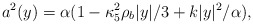
\begin{align*}a^2(y)=\alpha(1-\kappa^2_5\rho_b |y|/3+k|y|^2/\alpha),\end{align*}